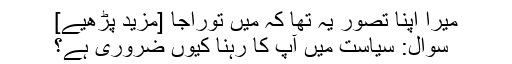
میرا اپنا تصور یہ تھا کہ میں توراجا [مزید پڑھیے]
سوال: سیاست میں آپ کا رہنا کیوں ضروری ہے؟